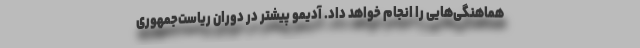
هماهنگی‌هایی را انجام خواهد داد. آدیمو پیشتر در دوران ریاست‌جمهوری